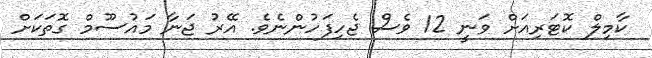
ކާމިލް ކޮޓަރިއަށް ވަނީ 12 ވެސް ޖެހިފަހުންނެވެ. އޭރު ޖަނާ މައުސޫމް ގޮތަކަށް